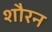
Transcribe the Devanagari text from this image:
शौरन